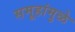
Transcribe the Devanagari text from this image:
समूहांमुळे